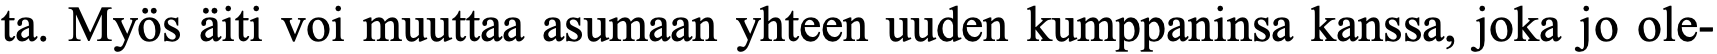
ta. Myös äiti voi muuttaa asumaan yhteen uuden kumppaninsa kanssa, joka jo ole-